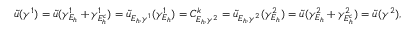
\begin{array} { r } { \tilde { u } ( \gamma ^ { 1 } ) = \tilde { u } ( \gamma _ { E _ { h } } ^ { 1 } + \gamma _ { E _ { h } ^ { c } } ^ { 1 } ) = \tilde { u } _ { E _ { h } , \gamma ^ { 1 } } ( \gamma _ { E _ { h } } ^ { 1 } ) = C _ { E _ { h } , \gamma ^ { 2 } } ^ { k } = \tilde { u } _ { E _ { h } , \gamma ^ { 2 } } ( \gamma _ { E _ { h } } ^ { 2 } ) = \tilde { u } ( \gamma _ { E _ { h } } ^ { 2 } + \gamma _ { E _ { h } ^ { c } } ^ { 2 } ) = \tilde { u } ( \gamma ^ { 2 } ) , } \end{array}